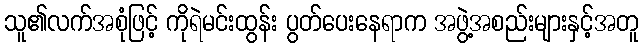
သူ၏လက်အစုံဖြင့် ကိုရဲမင်းထွန်း ပွတ်ပေးနေရာက အဖွဲ့အစည်းများနှင့်အတူ